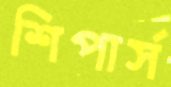
শিপার্স